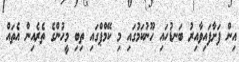
އިން ފަށާފައިވާއިރު ބަނޑުހައި ހޫނުކަމުގައި މި ކޭމްޕްގައި ތިބި މީހުންގެ ތެރެއިން އެތައް